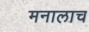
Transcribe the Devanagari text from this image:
मनालाच